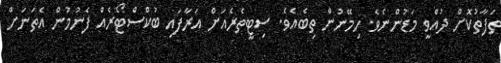
ތަފާތުކޮށް ދުއްވީ މަޑުންނެވެ. ހިމޭނުން ތިބެއެވެ. ސިޓީތެރެއަށް އަރާފައި ބުކްސްޓޯރެއް ފެނުމުން އެތަނަށް